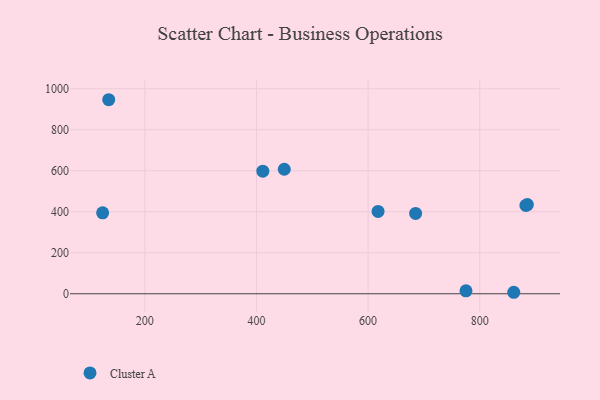
{"axis": {"x": "Experience", "y": "Fuel Efficiency"}, "legend": ["Cluster A"], "data": [{"x": "882.7", "y": 430.6, "type": "Cluster A"}, {"x": "885.3", "y": 434.7, "type": "Cluster A"}, {"x": "775.3", "y": 14.2, "type": "Cluster A"}, {"x": "124.4", "y": 394.7, "type": "Cluster A"}, {"x": "449.8", "y": 607.1, "type": "Cluster A"}, {"x": "411.4", "y": 597.9, "type": "Cluster A"}, {"x": "860.9", "y": 7.2, "type": "Cluster A"}, {"x": "617.8", "y": 401.4, "type": "Cluster A"}, {"x": "135.3", "y": 946.3, "type": "Cluster A"}, {"x": "685.1", "y": 391.6, "type": "Cluster A"}]}